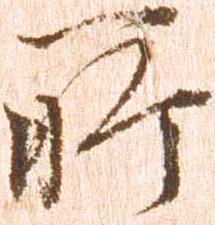
所